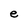
Character: e